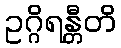
ဥဂ္ဂိရန္တီတိ